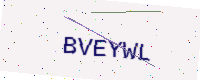
Text: BVEYWL